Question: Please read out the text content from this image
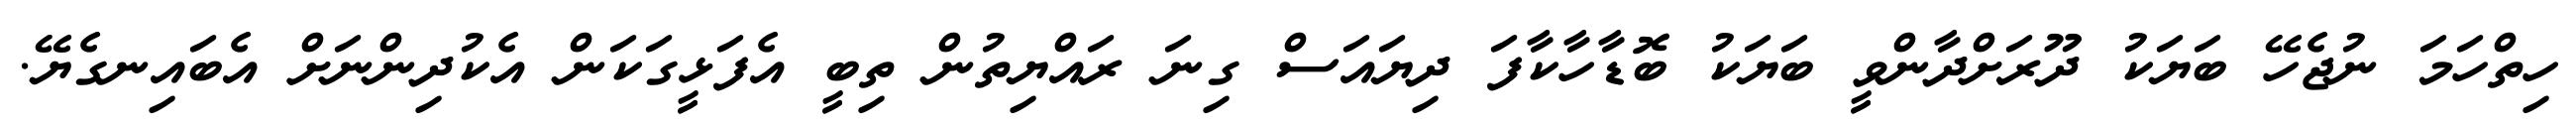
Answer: ހިތްހަމަ ނުޖެހޭ ބަޔަކު ދޫރަށްދާންވީ ބަޔަކު ބޮޑާހާކާފަ ދިޔައަސް ގިނަ ރައްޔިތުން ތިބީ އެފަޅީގަކަން އެކުދިންނަށް އެބައިނގެޔޭ.